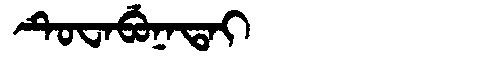
Manchu: ᡨᡠᠸᠠᠪᡠᠨᠠᡨᠠᡳ
Romanization: TUWABUNATAI